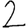
Digit: 2